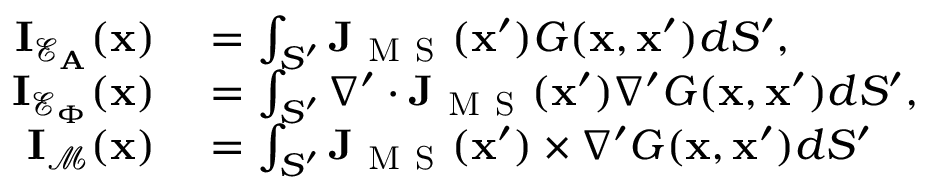
\begin{array} { r l } { \mathbf { I } _ { \mathcal { E } _ { \mathbf { A } } } ( \mathbf { x } ) } & { { } { } = \int _ { S ^ { \prime } } \mathbf { J } _ { \mathrm { ~ M ~ S ~ } } ( \mathbf { x } ^ { \prime } ) G ( \mathbf { x } , \mathbf { x } ^ { \prime } ) d S ^ { \prime } , } \\ { \mathbf { I } _ { \mathcal { E } _ { \Phi } } ( \mathbf { x } ) } & { { } { } = \int _ { S ^ { \prime } } \nabla ^ { \prime } \cdot \mathbf { J } _ { \mathrm { ~ M ~ S ~ } } ( \mathbf { x } ^ { \prime } ) \nabla ^ { \prime } G ( \mathbf { x } , \mathbf { x } ^ { \prime } ) d S ^ { \prime } , } \\ { \mathbf { I } _ { \mathcal { M } } ( \mathbf { x } ) } & { { } { } = \int _ { S ^ { \prime } } \mathbf { J } _ { \mathrm { ~ M ~ S ~ } } ( \mathbf { x } ^ { \prime } ) \times \nabla ^ { \prime } G ( \mathbf { x } , \mathbf { x } ^ { \prime } ) d S ^ { \prime } } \end{array}